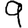
Digit: 9